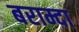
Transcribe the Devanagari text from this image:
बराम्दा